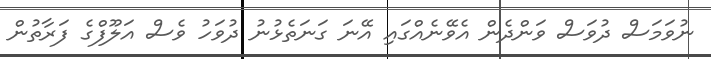
ނުވަމަސް ދުވަސް ވަންދެން އެވޭނެއްގައި އޭނަ ގަނަތެޅުނު ދުވަހު ވެސް އަލޫފްގެ ފަރާތުން